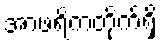
အာဖရိကတိုက်ရှိ